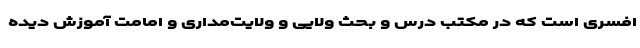
افسری است که در مکتب درس و بحث ولایی و ولایت‌مداری و امامت آموزش دیده